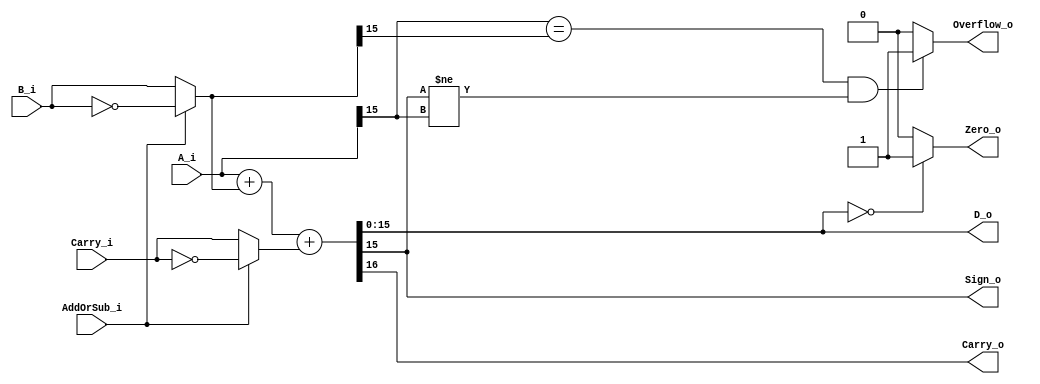
module AddSubCmp #(
  parameter Width = 16
) (
  (* intersynth_conntype = "Bit" *)
  input AddOrSub_i,
  (* intersynth_conntype = "Word" *)
  input[Width-1:0] A_i,
  (* intersynth_conntype = "Word" *)
  input[Width-1:0] B_i,
  (* intersynth_conntype = "Word" *)
  output[Width-1:0] D_o,
  (* intersynth_conntype = "Bit" *)
  input Carry_i,
  (* intersynth_conntype = "Bit" *)
  output Carry_o,
  (* intersynth_conntype = "Bit" *)
  output Zero_o,
  (* intersynth_conntype = "Bit" *)
  output Sign_o,
  (* intersynth_conntype = "Bit" *)
  output Overflow_o
);
  wire [Width:0]   A;
  wire [Width:0]   B;
  wire [Width:0]   Result;
  wire             Carry;
  wire [Width-1:0] D;

  assign A     = {1'b0, A_i};
  assign B     = (AddOrSub_i == 1'b0 ? {1'b0, B_i} : {1'b0, ~B_i});
  assign Carry = (AddOrSub_i == 1'b0 ? Carry_i : ~Carry_i);

  assign Result = A + B + Carry;

  assign D = Result[Width-1:0];
  assign D_o = D;
  
  
  assign Zero_o     = (D == 0 ? 1'b1 : 1'b0);
  assign Sign_o     = Result[Width-1];
  assign Carry_o    = Result[Width];
  assign Overflow_o = ((A[Width-1] == B[Width-1]) && (Result[Width-1] != A[Width-1]) ? 1'b1 : 1'b0);

endmodule